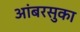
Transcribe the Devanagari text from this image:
आंबरसुका